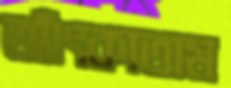
আঁৎকাতাম